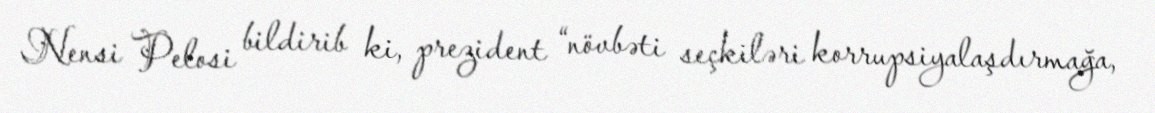
Nensi Pelosi bildirib ki, prezident “növbəti seçkiləri korrupsiyalaşdırmağa,